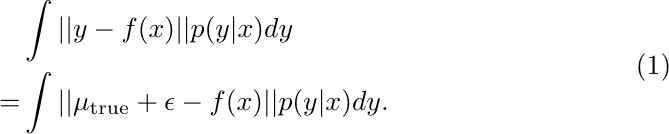
\begin{equation}
    \label{eq:posterior_basic}
    \begin{aligned}
          & \int ||y-f(x)||p(y|x)dy \\
        = & \int ||\mu_{\text{true}} + \epsilon - f(x) ||p(y|x)dy
        .
    \end{aligned}
\end{equation}